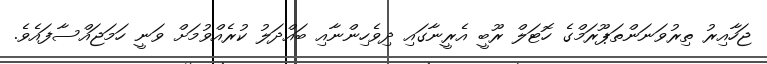
ޖަހާއިރު ތިރުވަނަންތަޕޫރަމްގެ ހޮޓަލް ރޫބީ އެރީނާގައި ދިވެހިންނާއި ބައްދަލު ކުރެއްވުމަށް ވަނީ ހަމަޖައްސާފައެވެ.